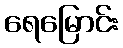
ရေမြောင်း